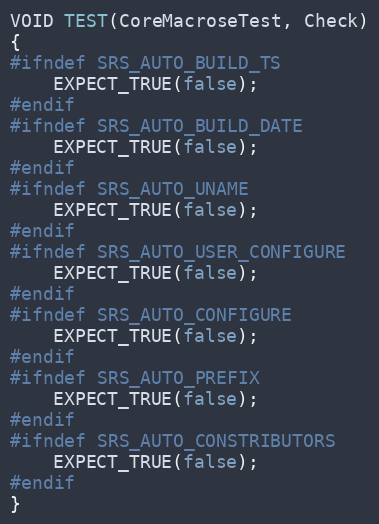
Language: C++
VOID TEST(CoreMacroseTest, Check)
{
#ifndef SRS_AUTO_BUILD_TS
    EXPECT_TRUE(false);
#endif
#ifndef SRS_AUTO_BUILD_DATE
    EXPECT_TRUE(false);
#endif
#ifndef SRS_AUTO_UNAME
    EXPECT_TRUE(false);
#endif
#ifndef SRS_AUTO_USER_CONFIGURE
    EXPECT_TRUE(false);
#endif
#ifndef SRS_AUTO_CONFIGURE
    EXPECT_TRUE(false);
#endif
#ifndef SRS_AUTO_PREFIX
    EXPECT_TRUE(false);
#endif
#ifndef SRS_AUTO_CONSTRIBUTORS
    EXPECT_TRUE(false);
#endif
}